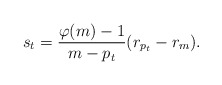
\begin{align*}s_t=\frac{\varphi(m)-1}{m-p_t}(r_{p_t}-r_m).\end{align*}